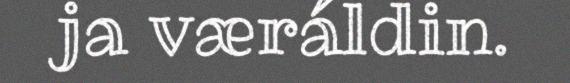
ja væráldin.